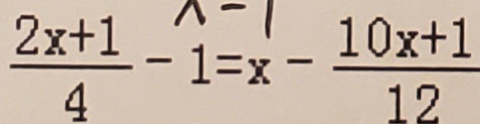
\frac { 2 x + 1 } { 4 } - 1 = x - \frac { 1 0 x + 1 } { 1 2 }